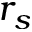
r _ { s }